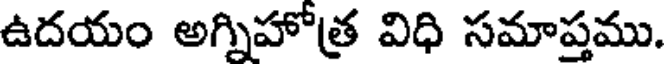
ఉదయం అగ్నిహోత్ర విధి సమాప్తము.